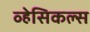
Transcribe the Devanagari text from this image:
व्हेसिकल्स